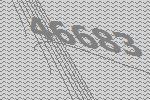
46683